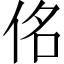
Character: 佲